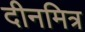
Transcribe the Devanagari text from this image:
दीनमित्र